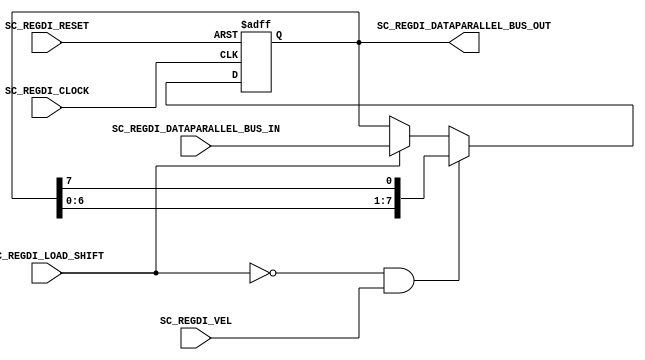
//=======================================================
//  MODULE Definition
//=======================================================
module SC_REGDI #(parameter DATAWIDTH_BUS=8)(
//////////// OUTPUTS //////////
	SC_REGDI_DATAPARALLEL_BUS_OUT,
//////////// INPUTS //////////	
	SC_REGDI_CLOCK,
	SC_REGDI_RESET,
	SC_REGDI_VEL,
	SC_REGDI_LOAD_SHIFT,
	SC_REGDI_DATAPARALLEL_BUS_IN
);
//=======================================================
//  PARAMETER declarations
//=======================================================
//  PORT declarations
//=======================================================
	output reg	[DATAWIDTH_BUS-1:0] SC_REGDI_DATAPARALLEL_BUS_OUT;
	input		SC_REGDI_CLOCK;
	input		SC_REGDI_VEL;
	input 	SC_REGDI_RESET;
	input		SC_REGDI_LOAD_SHIFT;
	input		[DATAWIDTH_BUS-1:0] SC_REGDI_DATAPARALLEL_BUS_IN;
//=======================================================
//  REG/WIRE declarations
//=======================================================
	reg [DATAWIDTH_BUS-1:0] REGDI_Register;
	reg [DATAWIDTH_BUS-1:0] REGDI_Signal;
	reg [DATAWIDTH_BUS-1:0] REGDI_Shift;
	reg SC_REGDI_BitMAP;
//=======================================================
//  Structural coding
//=======================================================
//INPUT LOGIC: COMBINATIONAL
	always @ (*)
	if (SC_REGDI_LOAD_SHIFT == 1'b0 & SC_REGDI_VEL == 1'b1)	
		REGDI_Signal = {REGDI_Shift[DATAWIDTH_BUS-2:0],SC_REGDI_BitMAP};
	else if(SC_REGDI_LOAD_SHIFT == 1'b1)	
		REGDI_Signal = SC_REGDI_DATAPARALLEL_BUS_IN;
	else	
		REGDI_Signal = REGDI_Shift;
// REGISTER : SEQUENTIAL
	always @ ( posedge SC_REGDI_CLOCK , posedge SC_REGDI_RESET)
	if (SC_REGDI_RESET==1'b1)
		REGDI_Register <= 8'b00000000;
	else
		REGDI_Register <= REGDI_Signal;
//=======================================================
//  Outputs
//=======================================================
// OUTPUT LOGIC : COMBINATIONAL
	always @ (*)
	SC_REGDI_DATAPARALLEL_BUS_OUT= REGDI_Register;
	always @ (*)
	SC_REGDI_BitMAP = REGDI_Register[7]; 
	always @ (*)
	REGDI_Shift = SC_REGDI_DATAPARALLEL_BUS_OUT;
		
endmodule